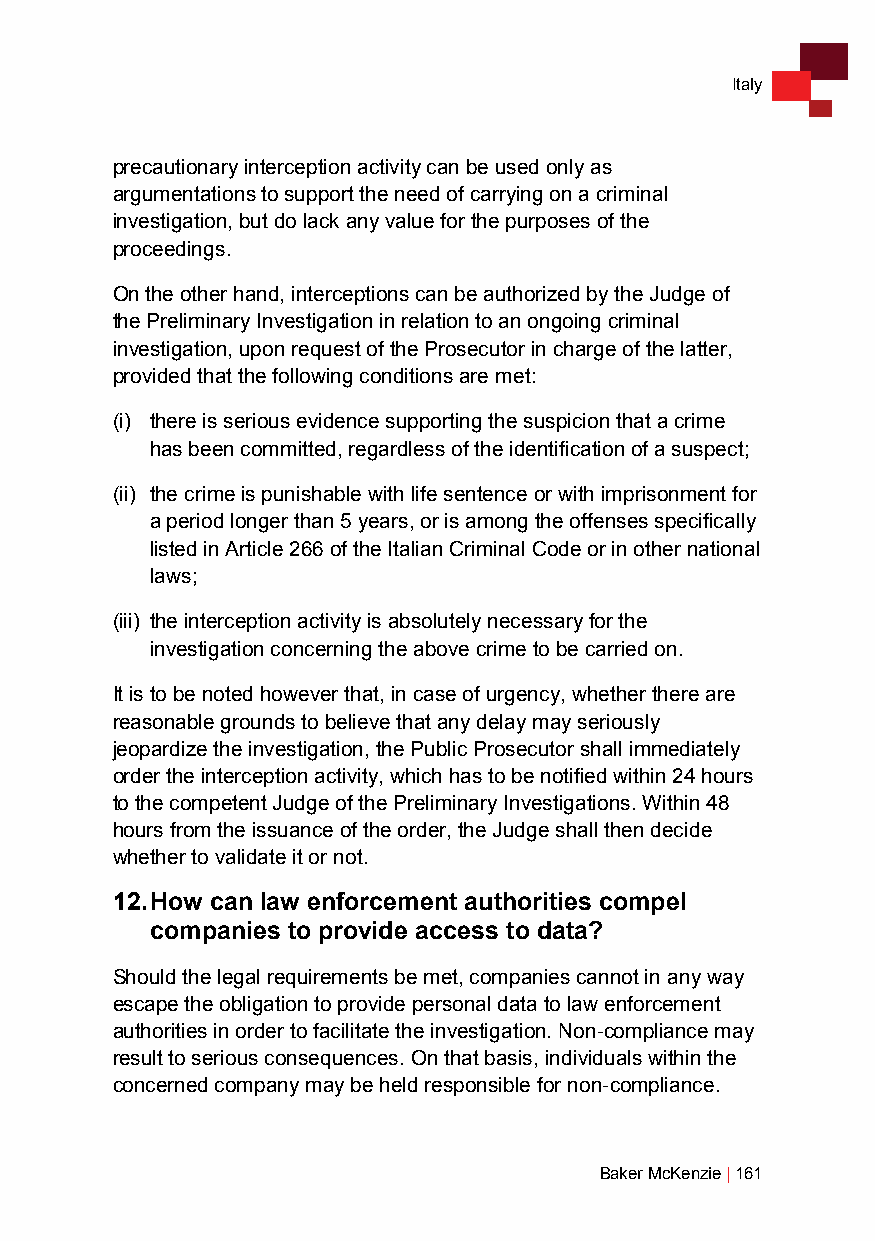
Italy
 precautionary interception activity can be used only as
 argumentations to support the need of carrying on a criminal
 investigation, but do lack any value for the purposes of the
 proceedings.
 On the other hand, interceptions can be authorized by the Judge of
 the Preliminary Investigation in relation to an ongoing criminal
 investigation, upon request of the Prosecutor in charge of the latter,
 provided that the following conditions are met:
 (i) there is serious evidence supporting the suspicion that a crime
 has been committed, regardless of the identification of a suspect;
 (ii) the crime is punishable with life sentence or with imprisonment for
 a period longer than 5 years, or is among the offenses specifically
 listed in Article 266 of the Italian Criminal Code or in other national
 laws;
 (iii) the interception activity is absolutely necessary for the
 investigation concerning the above crime to be carried on.
 It is to be noted however that, in case of urgency, whether there are
 reasonable grounds to believe that any delay may seriously
 jeopardize the investigation, the Public Prosecutor shall immediately
 order the interception activity, which has to be notified within 24 hours
 to the competent Judge of the Preliminary Investigations. Within 48
 hours from the issuance of the order, the Judge shall then decide
 whether to validate it or not.
 12. How can law enforcement authorities compel
 companies to provide access to data?
 Should the legal requirements be met, companies cannot in any way
 escape the obligation to provide personal data to law enforcement
 authorities in order to facilitate the investigation. Non-compliance may
 result to serious consequences. On that basis, individuals within the
 concerned company may be held responsible for non-compliance.
 Baker McKenzie | 161